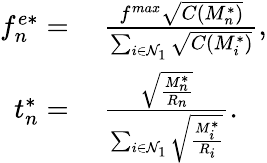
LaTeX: \begin{array}{rl}{f_{n}^{e*}=}&{\ \frac{f^{max}\sqrt{C(M_{n}^{*})}}{\sum_{i\in\mathcal{N}_{1}}\sqrt{C(M_{i}^{*})}},}\\ {t_{n}^{*}=}&{\ \frac{\sqrt{\frac{M_{n}^{*}}{R_{n}}}}{\sum_{i\in\mathcal{N}_{1}}\sqrt{\frac{M_{i}^{*}}{R_{i}}}}.}\end{array}